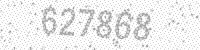
Solution: 627868